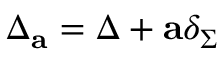
\Delta _ { \bf a } = \Delta + { \bf a } \delta _ { \Sigma }